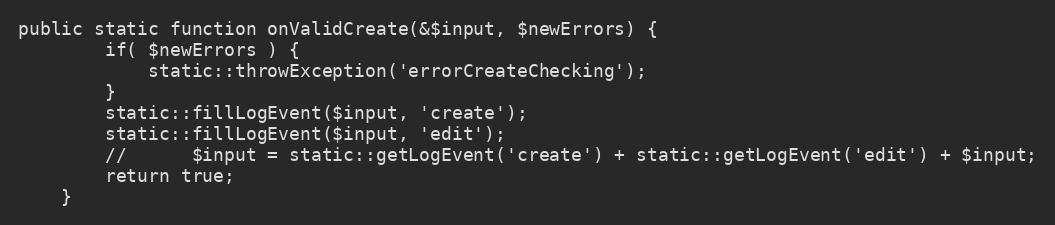
Language: PHP
public static function onValidCreate(&$input, $newErrors) {
		if( $newErrors ) {
			static::throwException('errorCreateChecking');
		}
		static::fillLogEvent($input, 'create');
		static::fillLogEvent($input, 'edit');
		// 		$input = static::getLogEvent('create') + static::getLogEvent('edit') + $input;
		return true;
	}